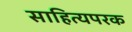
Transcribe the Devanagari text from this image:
साहित्यपरक